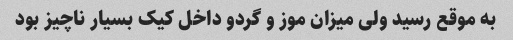
به موقع رسید ولی میزان موز و گردو داخل کیک بسیار ناچیز بود